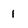
Character: 1